Scottish Leaving Certificate Examination, 1957
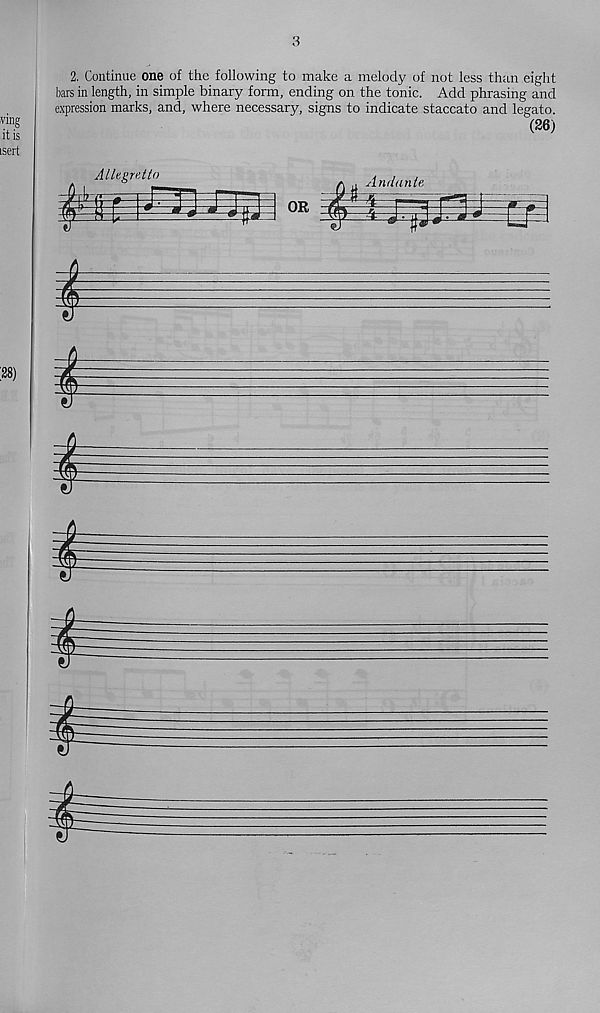
*
*
^
^
3
2. Continue one of the following to make a melody of not less than eight
bars in length, in simple binary form, ending on the tonic. Add phrasing and
expression marks, and, where necessary, signs to indicate staccato and legato.
(26)
Allegretto
S C
OR
Inrlante
gi
I